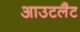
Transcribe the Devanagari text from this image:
आउटलैट